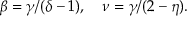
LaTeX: \beta = \gamma / ( \delta - 1 ) , \quad \nu = \gamma / ( 2 - \eta ) .